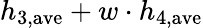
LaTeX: h_{3,\mathrm{ave}}+w\cdot h_{4,\mathrm{ave}}